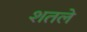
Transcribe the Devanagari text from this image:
शतले